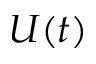
U ( t )